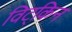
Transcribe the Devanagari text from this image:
विट्किन